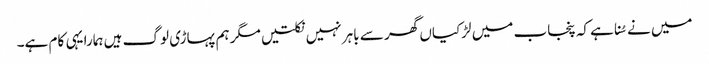
میں نے سُنا ہے کہ پنجاب میں لڑکیاں گھر سے باہر نہیں نکلتیں مگر ہم پہاڑی لوگ ہیں ہمارا یہی کام ہے۔